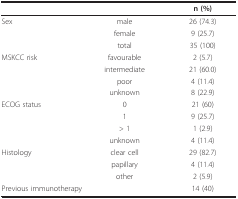
<table><thead><tr><td></td><td></td><td><b>n (%)</b></td></tr></thead><tbody><tr><td>Sex</td><td>male</td><td>26 (74.3)</td></tr><tr><td></td><td>female</td><td>9 (25.7)</td></tr><tr><td></td><td>total</td><td>35 (100)</td></tr><tr><td>MSKCC risk</td><td>favourable</td><td>2 (5.7)</td></tr><tr><td></td><td>intermediate</td><td>21 (60.0)</td></tr><tr><td></td><td>poor</td><td>4 (11.4)</td></tr><tr><td></td><td>unknown</td><td>8 (22.9)</td></tr><tr><td>ECOG status</td><td>0</td><td>21 (60)</td></tr><tr><td></td><td>1</td><td>9 (25.7)</td></tr><tr><td></td><td>&gt; 1</td><td>1 (2.9)</td></tr><tr><td></td><td>unknown</td><td>4 (11.4)</td></tr><tr><td>Histology</td><td>clear cell</td><td>29 (82.7)</td></tr><tr><td></td><td>papillary</td><td>4 (11.4)</td></tr><tr><td></td><td>other</td><td>2 (5.9)</td></tr><tr><td colspan="2">Previous immunotherapy</td><td>14 (40)</td></tr></tbody></table>